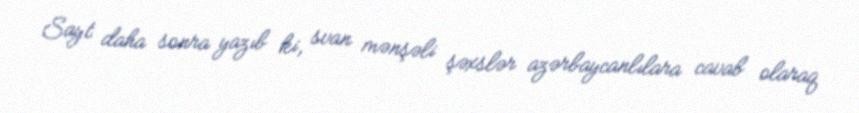
Sayt daha sonra yazıb ki, svan mənşəli şəxslər azərbaycanlılara cavab olaraq